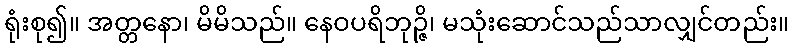
ရုံးစု၍။ အတ္တနော၊ မိမိသည်။ နေဝပရိဘုဉ္ဇိ၊ မသုံးဆောင်သည်သာလျှင်တည်း။